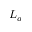
L _ { q }